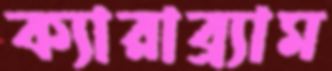
ক্যারাব্র্যাম